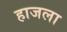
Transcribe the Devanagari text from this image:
हाजला